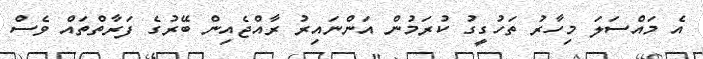
އެ މައްސަލަ މިހާރު ތަހުގީގު ކުރަމުން އަންނައިރު ރާއްޖެއިން ބޭރުގެ ފަރާތްތައް ވެސް